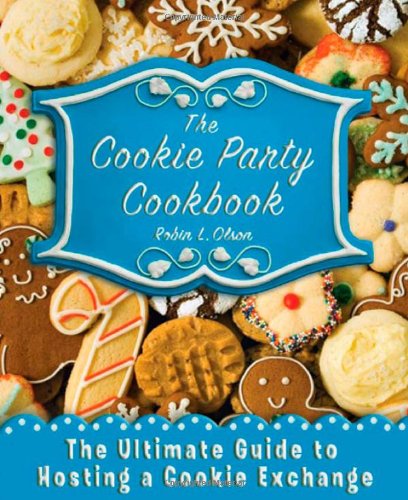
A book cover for The Cookie Party Cookbook: The Ultimate Guide to Hosting a Cookie Exchange; Robin L. Olson; Cookbooks, Food & Wine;